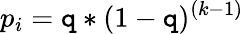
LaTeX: p_{i}=\mathtt{q}*(1-\mathtt{q})^{(k-1)}